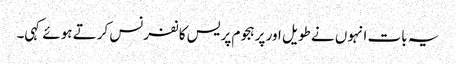
یہ بات انہوں نے طویل اور پرہجوم پریس کانفرنس کرتے ہوئے کہی۔